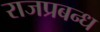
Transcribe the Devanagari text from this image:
राजप्रबन्ध